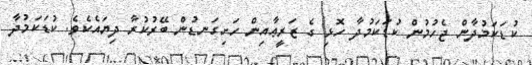
ކުޑަކަމުދާން ޖެހުމުން ކުޑަކަމުދާ ހޮޅި ގެ ޒަރީޢާއިން ހަށިގަނޑުން ބޭރުކުރާ ދިޔައެކެވެ. ކުޑަކަމުދާ